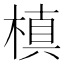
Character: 槙